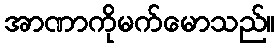
အာဏာကိုမက်မောသည်။